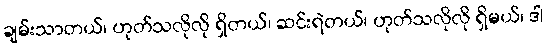
ချမ်းသာတယ်၊ ဟုတ်သလိုလို ရှိတယ်၊ ဆင်းရဲတယ်၊ ဟုတ်သလိုလို ရှိမယ်၊ ဒါ